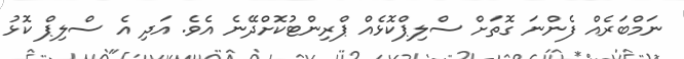
ނަމްބަރެއް ފެންނަ ގޮތަށް ސްލިޕްކޮޅެއް ޕްރިންޓުކޮށްދޭނެ އެވެ. އަދި އެ ސްލިޕް ކޮޅު